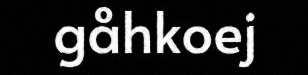
gåhkoej